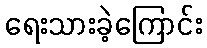
ရေးသားခဲ့ကြောင်း